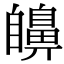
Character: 𦤫